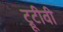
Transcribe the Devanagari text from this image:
ट्रूटीवी